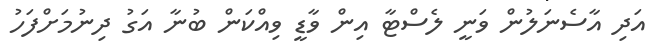
އަދި އާސެނަލުން ވަނީ ލެސްޓާ އިން ވާޑީ ވިއްކަން ބުނާ އަގު ދިނުމަށްފަހު